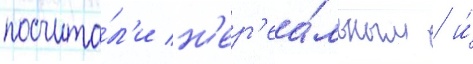
посчита́л'и н'ер'еа́льным / и́